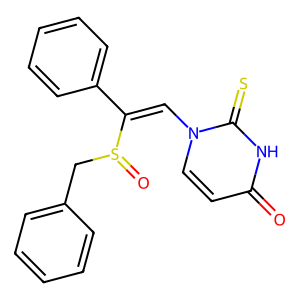
SMILES: O=c1ccn(C=C(c2ccccc2)S(=O)Cc2ccccc2)c(=S)[nH]1
Inhibits HIV replication: No